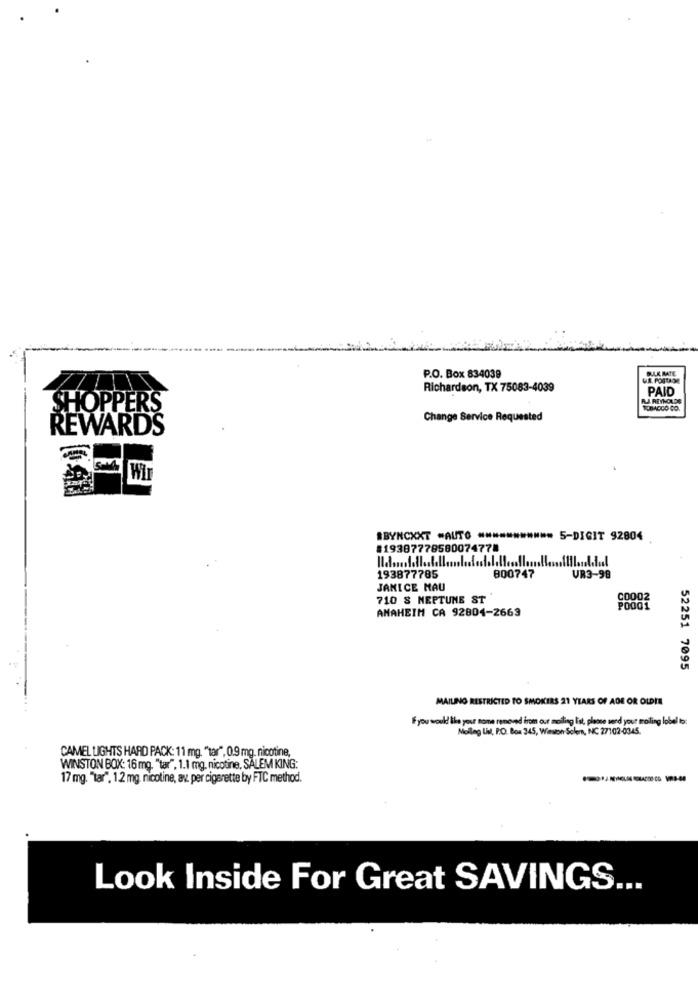
BULK RATE
P.O. Box 834039
Richardson, TX 75083-4039
PAID
SHOPPERS
Change Service Requested
REWARDS
Wir
ABYNCXXT AUTO .NN
** 5-DIGIT 92804
#19387778580074778
193877785
800747
UR3-98
JANICE MAU
710 S NEPTUNE ST
C0002
ANAHEIM CA 92804-2663
PO001
52251 7095
MAILING RESTRICTED TO SMOKERS 21 YEARS OF AGE OR OLDER
IF you would like your nome removed from our mailing list, please send your mailing lobal to:
Moling Lik, P.O. Box 345, Wieszon Solen, NC 27102-0345.
CAMEL LIGHTS HARD PACK: 11 mg. "tar", 0.9 mg. nicotine,
WINSTON BOX: 16 mg. "tar", 1.1 mg. nicotine, SALEM KING:
17 mg. "tar", 12 mg. nicotine, av. per cigarette by FTC method.
Look Inside For Great SAVINGS ...